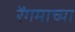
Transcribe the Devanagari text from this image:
रेंगमाच्या